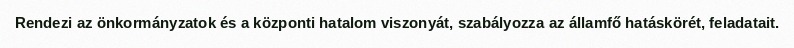
Rendezi az önkormányzatok és a központi hatalom viszonyát, szabályozza az államfő hatáskörét, feladatait.